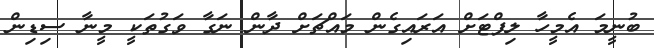
ބުނީމަ އެމީހާ ލިފްޓަށް އަރައިގެން މައްޗަށް ދާން ނަގާ ވަގުތަކީ މީނާ ސިޑިން